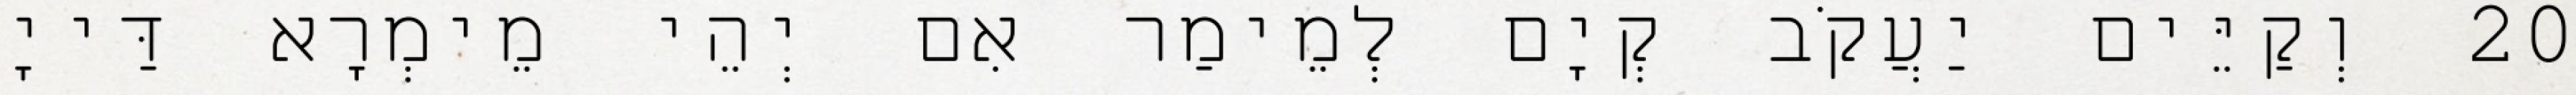
20 וְקַיֵּים יַעֲקֹב קְיָם לְמֵימַר אִם יְהֵי מֵימְרָא דַּייָ